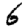
Digit: 6